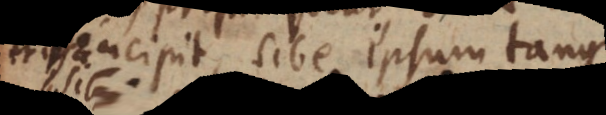
incipit, sive ipsum tangit;